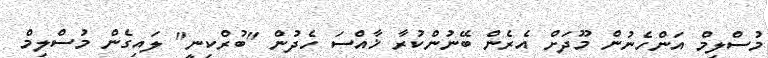
މުސްލިމް އަންހެނުން މޫދަށް އެރެން ބޭނުންކުރާ ޚާއްސަ ހެދުން "ބުރްކިނީ" ލައިގެން މުސްލިމް